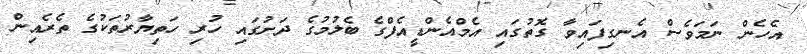
އެހެން ނަމަވެސް އެނގިފައިވާ ގޮތުގައި އެމްއެންޑީއެފްގެ ބެލުމުގެ ދަށުގައި ހުރި ހަތިޔާރުތަކުގެ ތެރެއިން